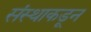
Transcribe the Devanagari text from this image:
संस्थाकडून